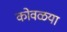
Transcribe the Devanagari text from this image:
कोवळया